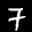
Label: 7